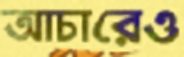
আচারেও